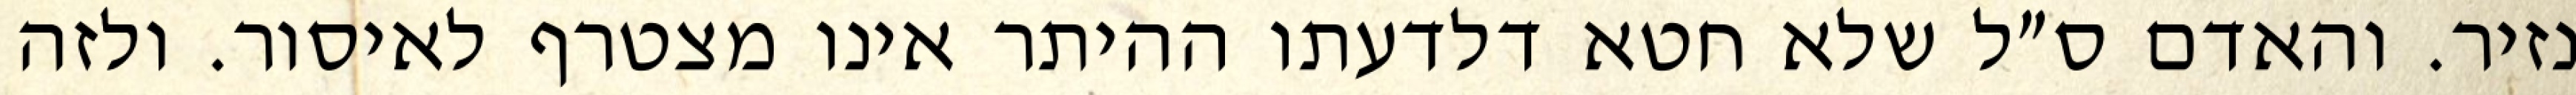
נזיר. והאדם ס״ל שלא חטא דלדעתו ההיתר אינו מצטרף לאיסור. ולזה